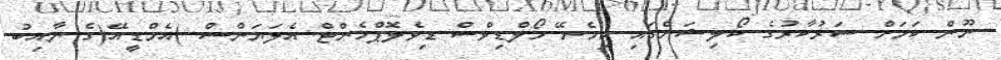
ނޫން ކަމަށް ސަރުކާރުގެ ކޯލިޝަންގައި ހިމެނޭ މޯލްޑިވްސް ޑިވެލޮޕްމެންޓް އެލަޔަންސް )އެމްޑީއޭ(ގެ ނާއިބު